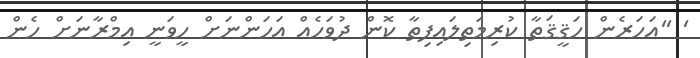
' ''އަހަރެން ހަޤީޤަތާ ކުރިމަތިލައިފިތާ ކޮން ދުވަހެއް އަހަންނަށް ހީވަނީ އިމްރާނަށް ހެން